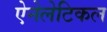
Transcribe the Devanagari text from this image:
ऐनेलेटिकल